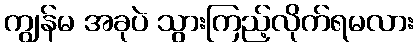
ကျွန်မ အခုပဲ သွားကြည့်လိုက်ရမလား